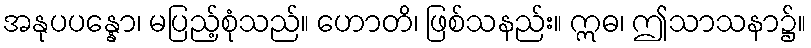
အနုပပန္နော၊ မပြည့်စုံသည်။ ဟောတိ၊ ဖြစ်သနည်း။ ဣဓ၊ ဤသာသနာ၌။